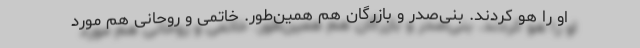
او را هو کردند. بنی‌صدر و بازرگان هم همین‌طور. خاتمی و روحانی هم مورد